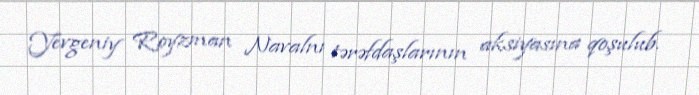
Yevgeniy Royzman Navalnı tərəfdaşlarının aksiyasına qoşulub.